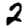
Digit: 2